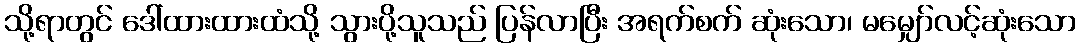
သို့ရာတွင် ဒေါ်ထားထားထံသို့ သွားပို့သူသည် ပြန်လာပြီး အရက်စက် ဆုံးသော၊ မမျှော်လင့်ဆုံးသော